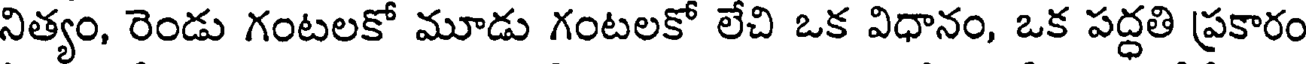
నిత్యం, రెండు గంటలకో మూడు గంటలకో లేచి ఒక విధానం, ఒక పద్ధతి ప్రకారం